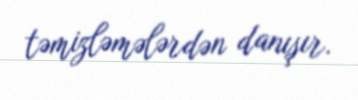
təmizləmələrdən danışır.